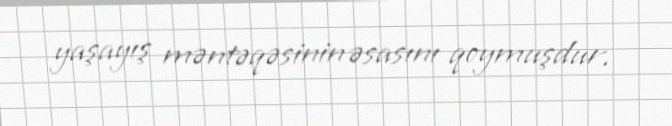
yaşayış məntəqəsinin əsasını qoymuşdur.